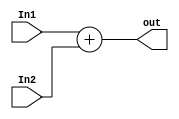
// Add

module Add( In1,
			In2,
			out);
			
	parameter bit_size = 18;
	
	input [bit_size-1:0] In1;
	input [bit_size-1:0] In2;	
	output [bit_size-1:0] out;	
		
	assign out = In1+In2;		
			
endmodule